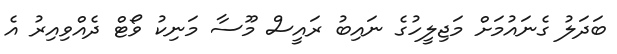
ބަދަލު ގެނައުމަށް މަޖިލީހުގެ ނައިބު ރައީސް މޫސާ މަނިކު ވޯޓް ދެއްވިއިރު އެ